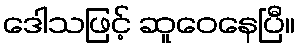
ဒေါသဖြင့် ဆူဝေနေပြီ။